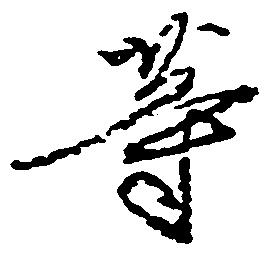
等